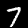
Label: 7